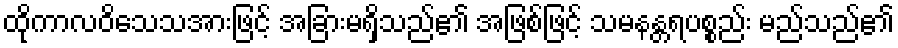
ထိုကာလဝိသေသအားဖြင့် အခြားမရှိသည်၏ အဖြစ်ဖြင့် သမနန္တရပစ္စည်း မည်သည်၏